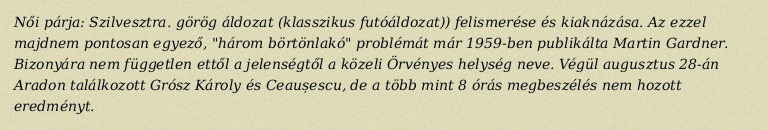
Női párja: Szilvesztra. görög áldozat (klasszikus futóáldozat)) felismerése és kiaknázása. Az ezzel majdnem pontosan egyező, "három börtönlakó" problémát már 1959-ben publikálta Martin Gardner. Bizonyára nem független ettől a jelenségtől a közeli Örvényes helység neve. Végül augusztus 28-án Aradon találkozott Grósz Károly és Ceaușescu, de a több mint 8 órás megbeszélés nem hozott eredményt.